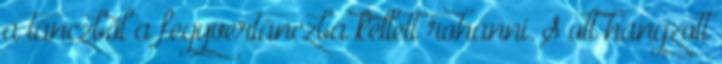
a tánczból a fegyvertánczba kellett rohanni. S ott hangzott